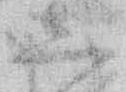
し